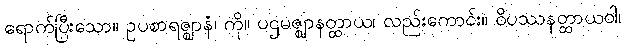
ရောက်ပြီးသော။ ဥပစာရဇ္ဈာနံ၊ ကို။ ပဌမဇ္ဈာနတ္ထာယ၊ လည်းကောင်း။ ဝိပဿနတ္ထာယဝါ၊